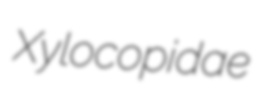
Xylocopidae